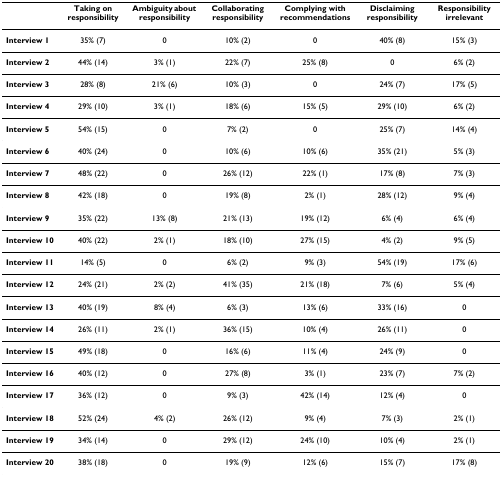
<table><thead><tr><td></td><td><b>Taking on responsibility</b></td><td><b>Ambiguity about responsibility</b></td><td><b>Collaborating responsibility</b></td><td><b>Complying with recommendations</b></td><td><b>Disclaiming responsibility</b></td><td><b>Responsibility irrelevant</b></td></tr></thead><tbody><tr><td><b>Interview 1</b></td><td>35% (7)</td><td>0</td><td>10% (2)</td><td>0</td><td>40% (8)</td><td>15% (3)</td></tr><tr><td><b>Interview 2</b></td><td>44% (14)</td><td>3% (1)</td><td>22% (7)</td><td>25% (8)</td><td>0</td><td>6% (2)</td></tr><tr><td><b>Interview 3</b></td><td>28% (8)</td><td>21% (6)</td><td>10% (3)</td><td>0</td><td>24% (7)</td><td>17% (5)</td></tr><tr><td><b>Interview 4</b></td><td>29% (10)</td><td>3% (1)</td><td>18% (6)</td><td>15% (5)</td><td>29% (10)</td><td>6% (2)</td></tr><tr><td><b>Interview 5</b></td><td>54% (15)</td><td>0</td><td>7% (2)</td><td>0</td><td>25% (7)</td><td>14% (4)</td></tr><tr><td><b>Interview 6</b></td><td>40% (24)</td><td>0</td><td>10% (6)</td><td>10% (6)</td><td>35% (21)</td><td>5% (3)</td></tr><tr><td><b>Interview 7</b></td><td>48% (22)</td><td>0</td><td>26% (12)</td><td>22% (1)</td><td>17% (8)</td><td>7% (3)</td></tr><tr><td><b>Interview 8</b></td><td>42% (18)</td><td>0</td><td>19% (8)</td><td>2% (1)</td><td>28% (12)</td><td>9% (4)</td></tr><tr><td><b>Interview 9</b></td><td>35% (22)</td><td>13% (8)</td><td>21% (13)</td><td>19% (12)</td><td>6% (4)</td><td>6% (4)</td></tr><tr><td><b>Interview 10</b></td><td>40% (22)</td><td>2% (1)</td><td>18% (10)</td><td>27% (15)</td><td>4% (2)</td><td>9% (5)</td></tr><tr><td><b>Interview 11</b></td><td>14% (5)</td><td>0</td><td>6% (2)</td><td>9% (3)</td><td>54% (19)</td><td>17% (6)</td></tr><tr><td><b>Interview 12</b></td><td>24% (21)</td><td>2% (2)</td><td>41% (35)</td><td>21% (18)</td><td>7% (6)</td><td>5% (4)</td></tr><tr><td><b>Interview 13</b></td><td>40% (19)</td><td>8% (4)</td><td>6% (3)</td><td>13% (6)</td><td>33% (16)</td><td>0</td></tr><tr><td><b>Interview 14</b></td><td>26% (11)</td><td>2% (1)</td><td>36% (15)</td><td>10% (4)</td><td>26% (11)</td><td>0</td></tr><tr><td><b>Interview 15</b></td><td>49% (18)</td><td>0</td><td>16% (6)</td><td>11% (4)</td><td>24% (9)</td><td>0</td></tr><tr><td><b>Interview 16</b></td><td>40% (12)</td><td>0</td><td>27% (8)</td><td>3% (1)</td><td>23% (7)</td><td>7% (2)</td></tr><tr><td><b>Interview 17</b></td><td>36% (12)</td><td>0</td><td>9% (3)</td><td>42% (14)</td><td>12% (4)</td><td>0</td></tr><tr><td><b>Interview 18</b></td><td>52% (24)</td><td>4% (2)</td><td>26% (12)</td><td>9% (4)</td><td>7% (3)</td><td>2% (1)</td></tr><tr><td><b>Interview 19</b></td><td>34% (14)</td><td>0</td><td>29% (12)</td><td>24% (10)</td><td>10% (4)</td><td>2% (1)</td></tr><tr><td><b>Interview 20</b></td><td>38% (18)</td><td>0</td><td>19% (9)</td><td>12% (6)</td><td>15% (7)</td><td>17% (8)</td></tr></tbody></table>